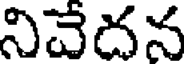
నివేదన